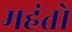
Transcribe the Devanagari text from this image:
महंतो